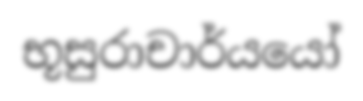
භූසුරාචාර්යයෝ